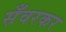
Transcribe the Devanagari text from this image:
सँवरकर